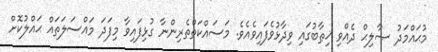
މުޙައްމަދު ޞާލިޙް ދެއްވި ޚިޠާބުގައި ވިދާޅުވެފައިވެއެވެ. މަސައްކަތްތެރިންނާ ގުޅިފައިވާ މިފަދަ މައްސަލަތައް ޙައްލުކޮށް